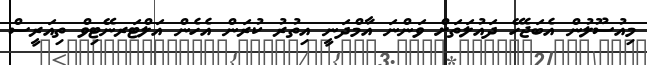
މިއުސޫލުން އެބަޖެހޭ ދައުލަތަށް ވަންނަ އާމްދަނީ އިތުރު ކުރަން އެހެން އަލްޓަރނޭޓިވް ތިއަރީސް